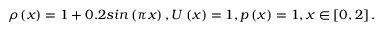
\rho \left( x \right) = 1 + 0 . 2 s i n \left( \pi x \right) , U \left( x \right) = 1 , p \left( x \right) = 1 , x \in \left[ 0 , 2 \right] .